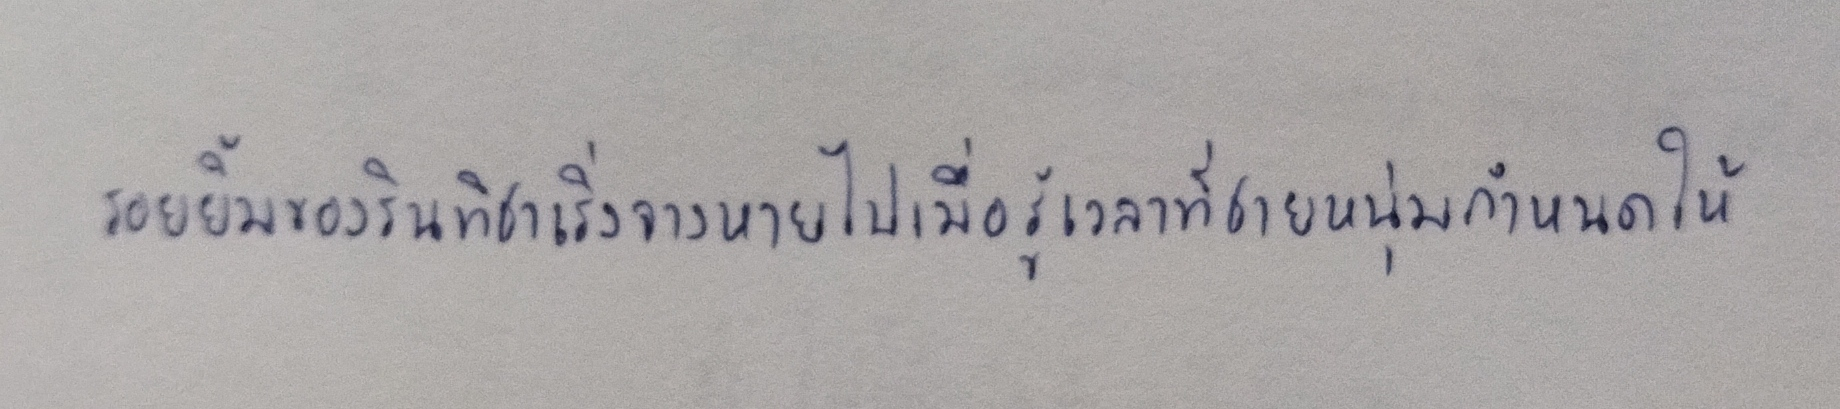
รอยยิ้มของรินทิชาเริ่มจางหายไปเมื่อรู้เวลาที่ชายหนุ่มกำหนดให้